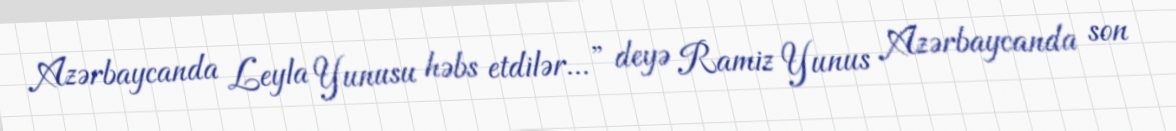
Azərbaycanda Leyla Yunusu həbs etdilər...” deyə Ramiz Yunus Azərbaycanda son